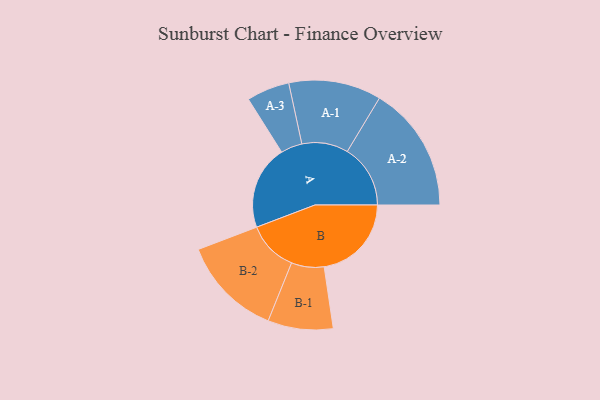
{"axis": {"x": "Segment", "y": "Value"}, "legend": ["", "A", "B"], "data": [{"x": "A", "y": 400, "type": ""}, {"x": "B", "y": 415, "type": ""}, {"x": "A-1", "y": 220, "type": "A"}, {"x": "A-2", "y": 300, "type": "A"}, {"x": "A-3", "y": 102, "type": "A"}, {"x": "B-1", "y": 155, "type": "B"}, {"x": "B-2", "y": 240, "type": "B"}]}